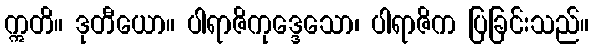
ဣတိ။ ဒုတီယော။ ပါရာဇိကုဒ္ဒေသော၊ ပါရာဇိက ပြခြင်းသည်။